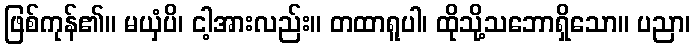
ဖြစ်ကုန်၏။ မယှံပိ၊ ငါ့အားလည်း။ တထာရူပါ၊ ထိုသို့သဘောရှိသော။ ပညာ၊